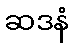
ဆဒနံ